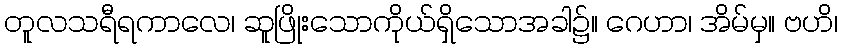
တူလသရီရကာလေ၊ ဆူဖြိုးသောကိုယ်ရှိသောအခါ၌။ ဂေဟာ၊ အိမ်မှ။ ဗဟိ၊